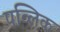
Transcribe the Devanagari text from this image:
पव्लिक